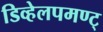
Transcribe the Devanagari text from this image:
डिव्हेलपमण्ट्